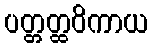
ပတ္တတ္ထဝိကာယ